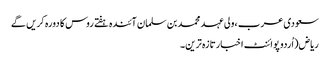
سعودی عرب ،ولی عہد محمد بن سلمان آئندہ ہفتے روس کا دورہ کریں گے
ریاض(اُردو پوائنٹ اخبارتازہ ترین۔